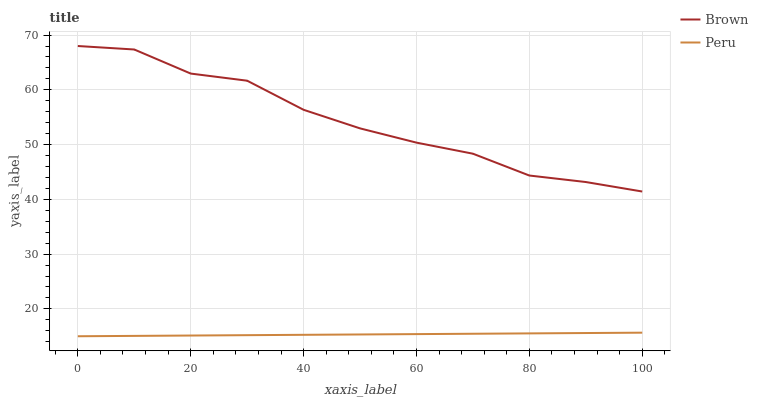
| xaxis_label | Brown | Peru |
 | --- | --- | --- |
 | 0 | 68 | 15 |
 | 10 | 67.4 | 15.1 |
 | 20 | 63 | 15.1 |
 | 30 | 61.7 | 15.2 |
 | 40 | 56.4 | 15.3 |
 | 50 | 53 | 15.3 |
 | 60 | 50.4 | 15.4 |
 | 70 | 48.3 | 15.5 |
 | 80 | 44.3 | 15.5 |
 | 90 | 43.2 | 15.6 |
 | 100 | 41.4 | 15.7 |